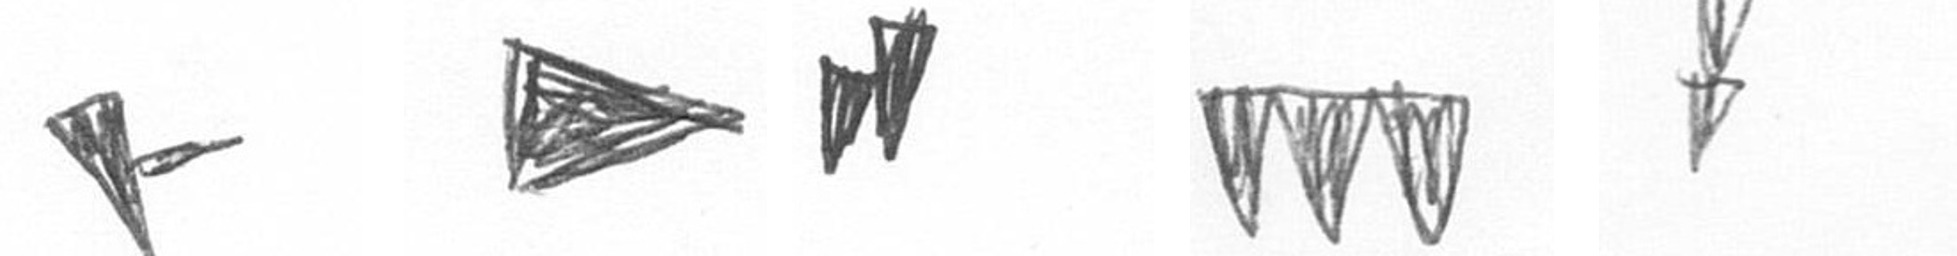
F T M L Z